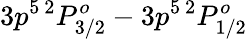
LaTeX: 3p^{5~2}P_{3/2}^{o}-3p^{5~2}P_{1/2}^{o}